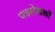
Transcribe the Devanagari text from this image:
पत्रलेखकों